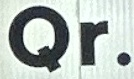
Qr.